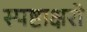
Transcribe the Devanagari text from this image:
स्पष्टाक्षरो